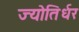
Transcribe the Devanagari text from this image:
ज्योतिर्धर